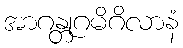
အာဂန္တုဂမိဂိလာနံ